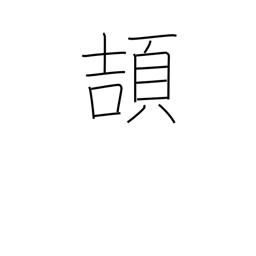
Meaning: take wing